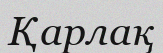
Қарлақ